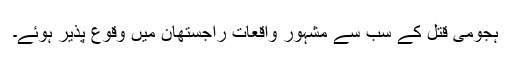
ہجومی قتل کے سب سے مشہور واقعات راجستھان میں وقوع پذیر ہوئے۔